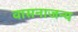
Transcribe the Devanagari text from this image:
वासनाजन्य